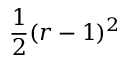
\frac { 1 } { 2 } ( r - 1 ) ^ { 2 }